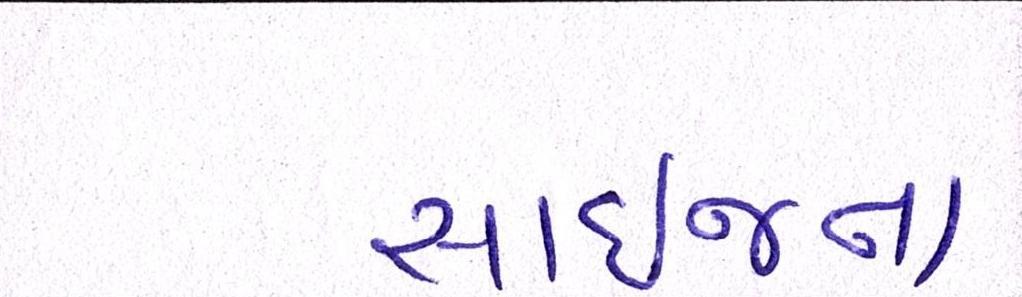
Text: સાઈજના